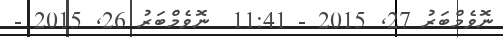
ނޮވެމްބަރު 27